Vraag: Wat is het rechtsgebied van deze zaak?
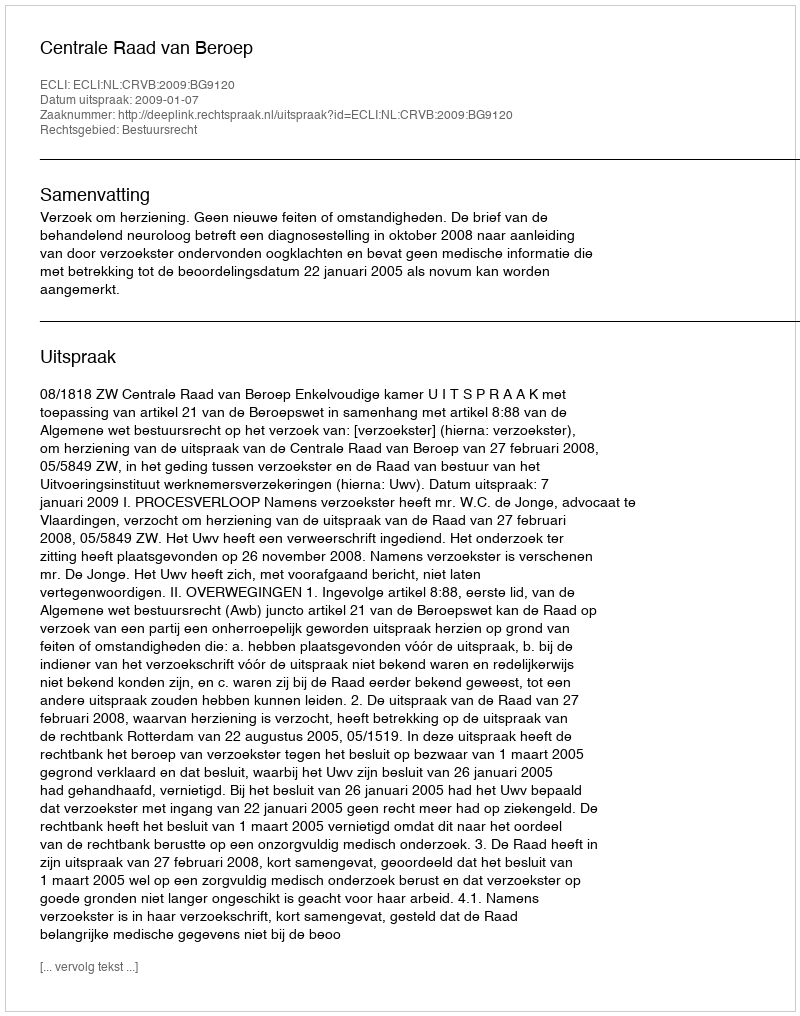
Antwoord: Bestuursrecht